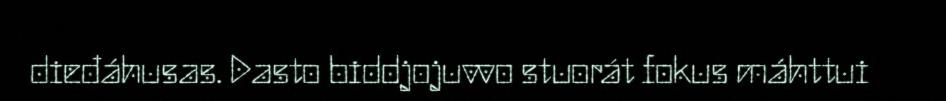
dieđáhusas. Dasto biddjojuvvo stuorát fokus máhttui